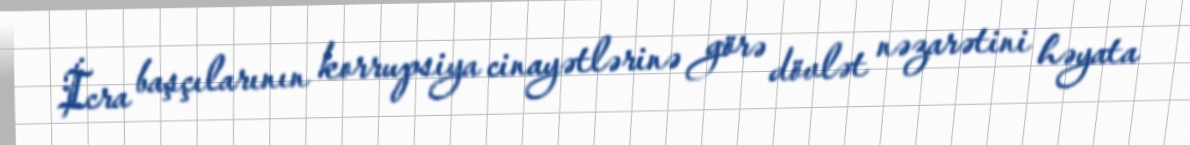
İcra başçılarının korrupsiya cinayətlərinə görə dövlət nəzarətini həyata